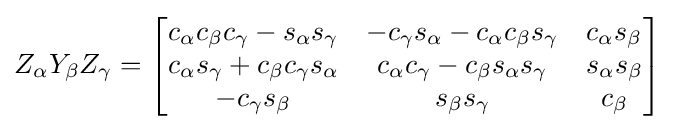
Z_{\alpha }Y_{\beta }Z_{\gamma }={\begin{bmatrix}c_{\alpha }c_{\beta }c_{\gamma }-s_{\alpha }s_{\gamma }&-c_{\gamma }s_{\alpha }-c_{\alpha }c_{\beta }s_{\gamma }&c_{\alpha }s_{\beta }\\c_{\alpha }s_{\gamma }+c_{\beta }c_{\gamma }s_{\alpha }&c_{\alpha }c_{\gamma }-c_{\beta }s_{\alpha }s_{\gamma }&s_{\alpha }s_{\beta }\\-c_{\gamma }s_{\beta }&s_{\beta }s_{\gamma }&c_{\beta }\end{bmatrix}}